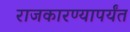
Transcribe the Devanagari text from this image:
राजकारण्यापर्यंत